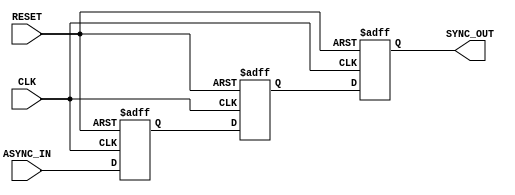
module async_to_sync_converter (
    input wire ASYNC_IN,      // Asynchronous input signal
    input wire CLK,           // Clock signal for synchronization
    input wire RESET,         // Asynchronous reset signal
    output reg SYNC_OUT       // Synchronized output signal
);

    // Internal signals for multi-stage synchronization
    reg sync_stage1;
    reg sync_stage2;

    // Asynchronous reset and synchronization logic
    always @(posedge CLK or posedge RESET) begin
        if (RESET) begin
            // Reset the internal states
            sync_stage1 <= 1'b0;
            sync_stage2 <= 1'b0;
            SYNC_OUT <= 1'b0;
        end else begin
            // Sample the ASYNC_IN signal
            sync_stage1 <= ASYNC_IN; // First stage
            sync_stage2 <= sync_stage1; // Second stage
            SYNC_OUT <= sync_stage2; // Final synchronized output
        end
    end

endmodule